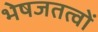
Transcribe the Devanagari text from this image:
भेषजतत्वों